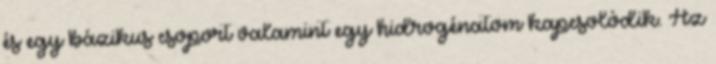
és egy bázikus csoport valamint egy hidrogénatom kapcsolódik. Az